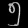
Digit: ၅